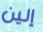
إلين